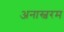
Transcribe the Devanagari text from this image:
अनास्वरम